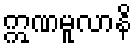
ဣဏမူလာနိ